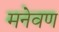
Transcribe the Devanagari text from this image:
मनेवण